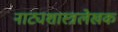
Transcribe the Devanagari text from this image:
नाट्यशास्त्रलेखक